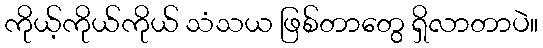
ကိုယ့်ကိုယ်ကိုယ် သံသယ ဖြစ်တာတွေ ရှိလာတာပဲ။